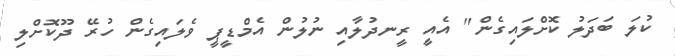
ކުލަ ބަދަލު ކޮށްލައިގެން" އެއީ ރީނދުލާއި ނުލުން އެމްޑީޕީ ވެލައިގެން ހުރޭ ދޫކޮށްލި